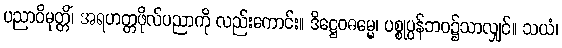
ပညာဝိမုတ္တိံ၊ အရဟတ္တဖိုလ်ပညာကို လည်းကောင်း။ ဒိဋ္ဌေဝဓမ္မေ၊ ပစ္စုပ္ပန်ဘဝ၌သာလျှင်။ သယံ၊